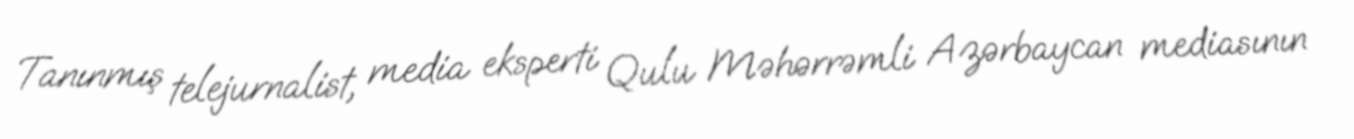
Tanınmış telejurnalist, media eksperti Qulu Məhərrəmli Azərbaycan mediasının